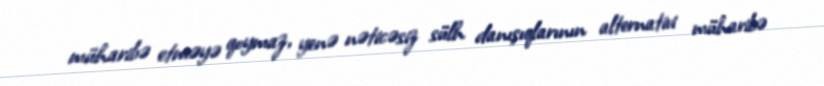
müharibə etməyə qoymaz, yenə nəticəsiz sülh danışıqlarının alternativi müharibə